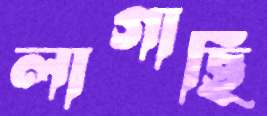
লাগাছি